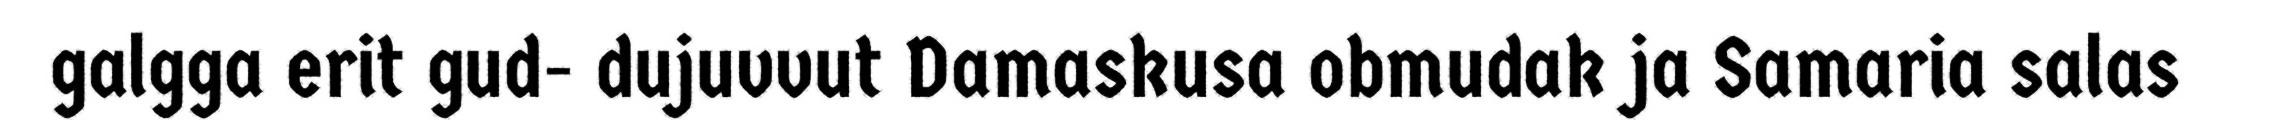
galgga erit gud- dujuvvut Damaskusa obmudak ja Samaria salas